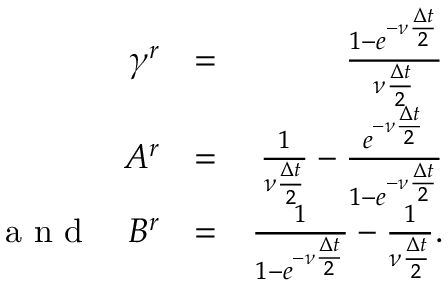
\begin{array} { r l r } { \gamma ^ { r } } & { = } & { \frac { 1 - e ^ { - \nu \frac { \Delta t } { 2 } } } { \nu \frac { \Delta t } { 2 } } } \\ { A ^ { r } } & { = } & { \frac { 1 } { \nu \frac { \Delta t } { 2 } } - \frac { e ^ { - \nu \frac { \Delta t } { 2 } } } { 1 - e ^ { - \nu \frac { \Delta t } { 2 } } } } \\ { \textrm { a n d } \quad B ^ { r } } & { = } & { \frac { 1 } { 1 - e ^ { - \nu \frac { \Delta t } { 2 } } } - \frac { 1 } { \nu \frac { \Delta t } { 2 } } . } \end{array}